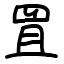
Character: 罝